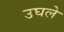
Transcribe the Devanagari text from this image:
उघले